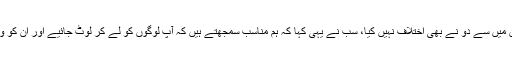
میں نے ان کو بلایا اور ان میں سے دو نے بھی اختلاف نہیں کیا، سب نے یہی کہا کہ ہم مناسب سمجھتے ہیں کہ آپ لوگوں کو لے کر لوٹ جائیے اور ان کو وبا کے سامنے نہ کیجئے۔